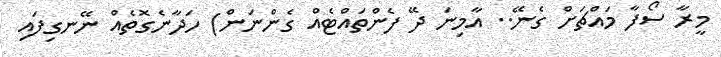
މީރާ ސޯފާ މައްޗަށް ގެނޭ.. އާމިނަ ދޭ ފެންތައްޓެއް ގެންނަން) ހަދާނެގޮތެއް ނޭނގިފައި